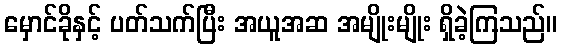
မှောင်ခိုနှင့် ပတ်သက်ပြီး အယူအဆ အမျိုးမျိုး ရှိခဲ့ကြသည်။